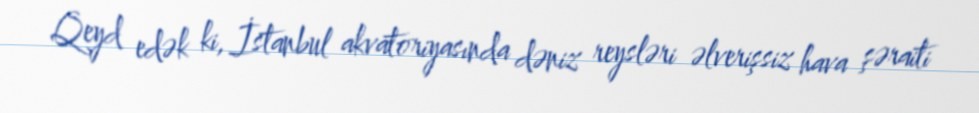
Qeyd edək ki, İstanbul akvatoriyasında dəniz reysləri əlverişsiz hava şəraiti